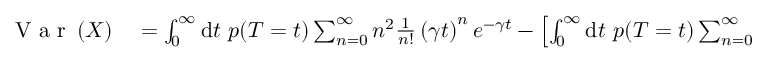
\begin{array} { r l } { \mathrm { ~ V ~ a ~ r ~ } \left( X \right) } & { { } = \int _ { 0 } ^ { \infty } \mathrm { d } t \ p ( T = t ) \sum _ { n = 0 } ^ { \infty } n ^ { 2 } \frac { 1 } { n ! } \left( \gamma t \right) ^ { n } e ^ { - \gamma t } - \left[ \int _ { 0 } ^ { \infty } \mathrm { d } t \ p ( T = t ) \sum _ { n = 0 } ^ { \infty } n \frac { 1 } { n ! } \left( \gamma t \right) ^ { n } e ^ { - \gamma t } \right] ^ { 2 } = } \end{array}